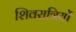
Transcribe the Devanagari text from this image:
शिवरात्रियों